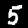
Digit: 5